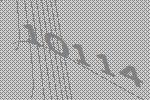
10114